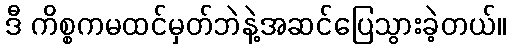
ဒီ ကိစ္စကမထင်မှတ်ဘဲနဲ့အဆင်ပြေသွားခဲ့တယ်။